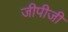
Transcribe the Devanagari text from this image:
जीपीजी